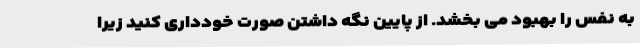
به نفس را بهبود می بخشد. از پایین نگه داشتن صورت خودداری کنید زیرا